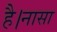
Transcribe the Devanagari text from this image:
है।नासा